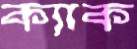
ক্যাক